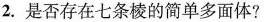
2.是否存在七条棱的简单多面体?